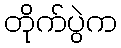
တိုက်ပွဲက